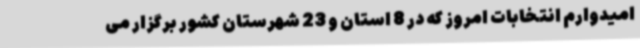
امیدوارم انتخابات امروز که در 8 استان و 23 شهرستان کشور برگزار می